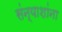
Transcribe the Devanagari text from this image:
संन्याशांना